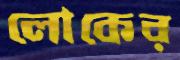
লোকের